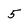
Character: 5